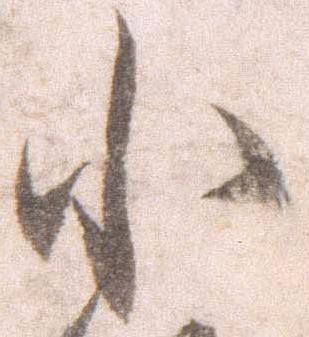
小